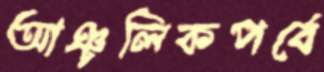
আঞ্চলিকপর্বে